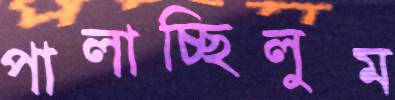
পালাচ্ছিলুম